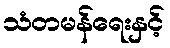
သံတမန်ရေးနှင့်